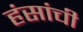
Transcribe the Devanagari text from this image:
हंसांची